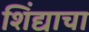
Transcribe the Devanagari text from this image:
शिंद्याचा